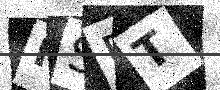
Text: FSPT